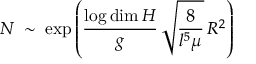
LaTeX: { \cal N } \; \sim \; \exp \left( \frac { \log \dim { \cal H } } { g } \, \sqrt { \frac { 8 } { l ^ { 5 } \mu } } \, R ^ { 2 } \right)